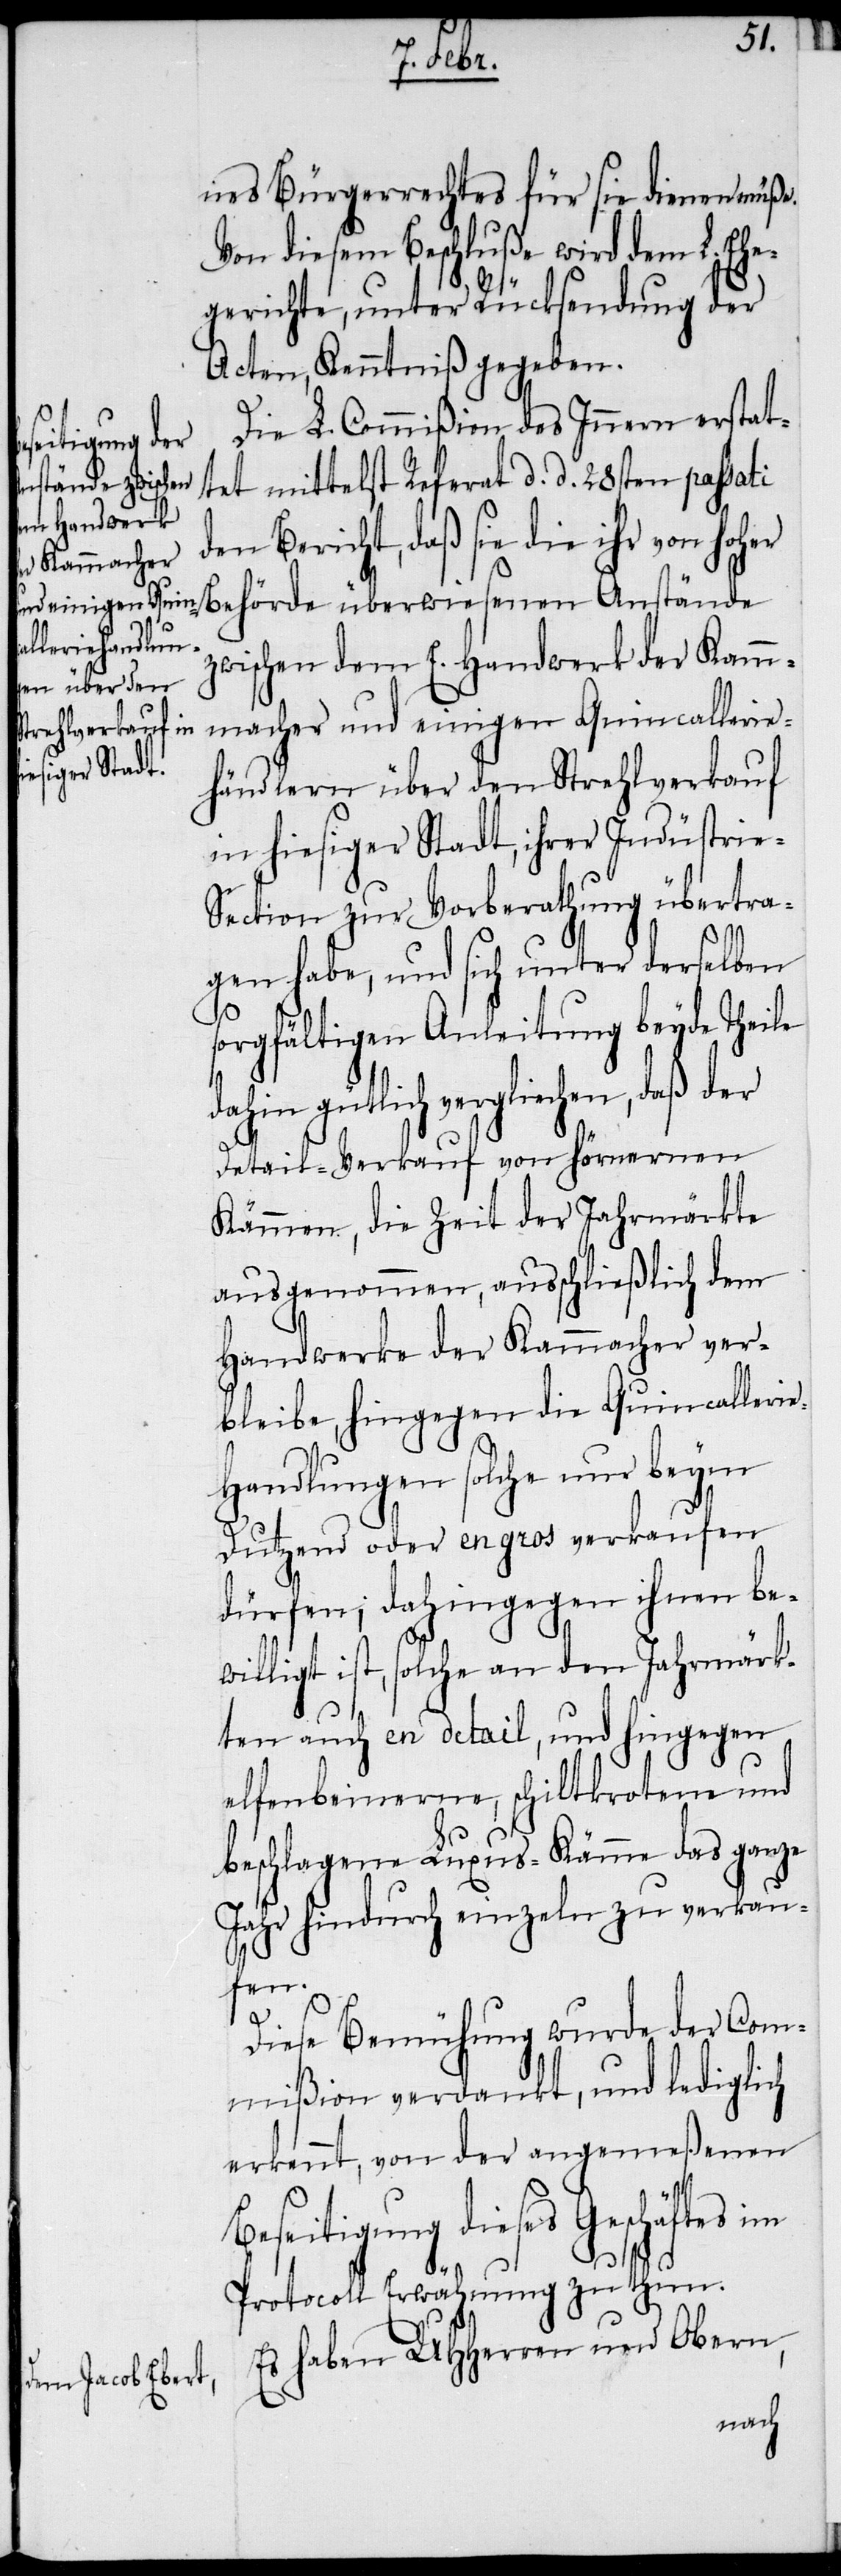
nes Bürgerrechtes für sie dienen müße.
Von diesem Beschluße wird dem L. Ehe¬
gerichte, unter Rücksendung der
Acten, Kenntniß gegeben.
Die L. Commißion des Innern erstat¬
her Behörde
tet mittelst Referat d. d. 28sten passati
den Bericht, daß sie die ihr von ho¬
zwischen dem E. Handwerk der Kam¬
macher und einigen Quincallerie¬
händlern über den Strehlverkauf
in hiesiger Stadt, ihrer Indüstri¬
e-Section zur Vorberathung übertra¬
gen habe, und sich unter derselben
sorgfältigen Anleitung beyde Theile
dahin gütlich vergliechen, daß
Detail-Verkauf von hörnernen
Kämmen, die Zeit der Jahrmärkte
ausgenommen, ausschließlich dem
Handwerke der Kammacher ver¬
bleibe, hingegen die Quincalleri¬
e-Handlungen solche nur beym
Dutzend oder en gros verkaufen
dürfen; dahingegen ihnen be¬
willigt ist, solche an den Jahrmärk¬
ten auch en detail, und hingegen
elfenbeinerne, schiltkrotene und
beschlagene Luxus-Kämme das ganze
Jahr hindurch einzeln zu verkau¬
fen.
Diese Bemühung wurde der Com¬
mißion verdankt, und lediglich
erkennt, von der angemeßenen
Beseitigung dieses Geschäftes im
Protocoll Erwähnung zu thun.
Es haben UHHerren und Obern,